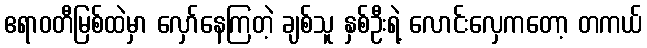
ဧရာဝတီမြစ်ထဲမှာ လှော်နေကြတဲ့ ချစ်သူ နှစ်ဦးရဲ့ လောင်းလှေကတော့ တကယ်